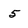
Character: 5